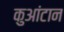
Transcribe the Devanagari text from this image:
कुआंटान